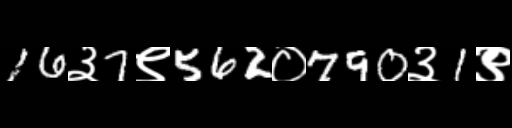
Text: 16३7९562०790३1९